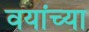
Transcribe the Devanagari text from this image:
वयांच्या